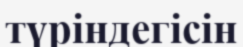
түріндегісін